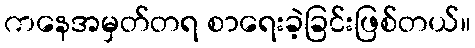
ကနေအမှတ်တရ စာရေးခဲ့ခြင်းဖြစ်တယ်။